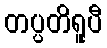
တပ္ပတိရူပီ